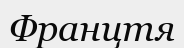
Францтя